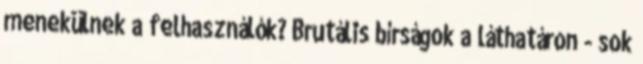
menekülnek a felhasználók? Brutális bírságok a láthatáron - sok